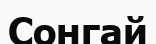
Сонгай